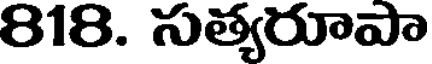
818. సత్యరూపా